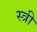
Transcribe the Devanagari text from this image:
स्त्री